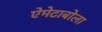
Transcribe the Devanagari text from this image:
ऐमेटाबोला